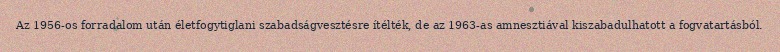
Az 1956-os forradalom után életfogytiglani szabadságvesztésre ítélték, de az 1963-as amnesztiával kiszabadulhatott a fogvatartásból.